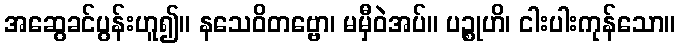
အဆွေခင်ပွန်းဟူ၍။ နသေဝိတဗ္ဗော၊ မမှီဝဲအပ်။ ပဉ္စုဟိ၊ ငါးပါးကုန်သော။